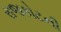
રાજકોટની